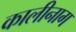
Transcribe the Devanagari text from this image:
कालीनाग